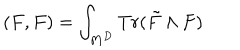
( F , F ) = \int _ { M ^ { D } } T r ( \tilde { F } \wedge F )